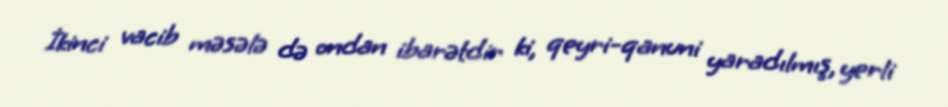
İkinci vacib məsələ də ondan ibarətdir ki, qeyri-qanuni yaradılmış, yerli